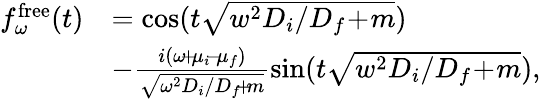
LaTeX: \begin{array}{rl}{f_{\omega}^{\mathrm{free}}(t)}&{=\cos(t\sqrt{w^{2}D_{i}/D_{f}\! +\! m})}\\ &{-\frac{i(\omega\! +\! \mu_{i}\! -\! \mu_{f})}{\sqrt{\omega^{2}D_{i}/D_{f}\! +\! m}}\sin(t\sqrt{w^{2}D_{i}/D_{f}\! +\! m}),}\end{array}